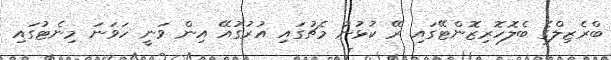
ބްރެޒިލްގެ ބެލޮހޮރިޒޮންޓޭގައި ރޭ ކުޅުނު މެޗުގައި އުުރުގުއޭ އިން ވަނީ ހަވަނަ މިނެޓުގައި